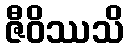
ဇီဝိဿသိ